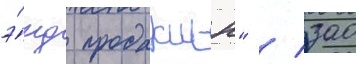
э́нд продакшн" / зао